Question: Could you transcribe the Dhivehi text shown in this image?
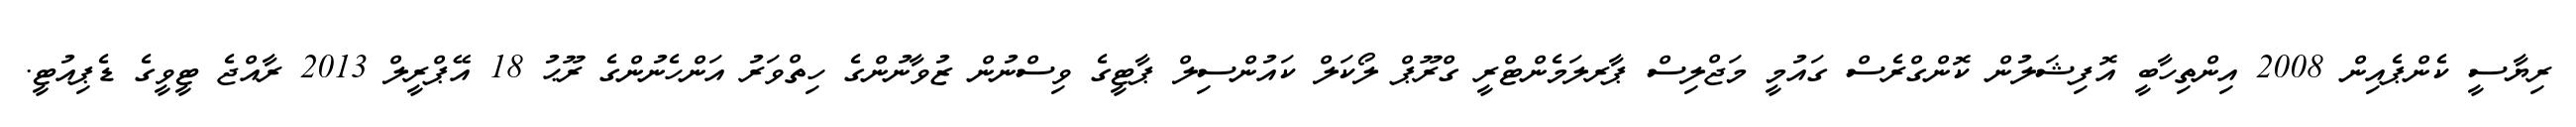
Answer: ރިޔާސީ ކެންޕެއިން 2008 އިންތިހާބީ އޮފިޝަލުން ކޮންގްރެސް ގައުމީ މަޖްލިސް ޕާރލަމެންޓްރީ ގްރޫޕް ލޯކަލް ކައުންސިލް ޕާޓީގެ ވިސްނުން ޒުވާނުންގެ ހިތްވަރު އަންހެނުންގެ ރޫޙު 18 އޭޕްރީލް 2013 ރާއްޖެ ޓީވީގެ ޑެޕިއުޓީ.